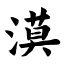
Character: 漠